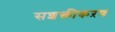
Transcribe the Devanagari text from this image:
सशक्तीकऱण